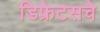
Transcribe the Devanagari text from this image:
डिफ्रेटसचे